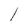
Character: l